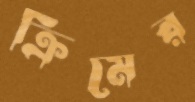
ক্রিমের